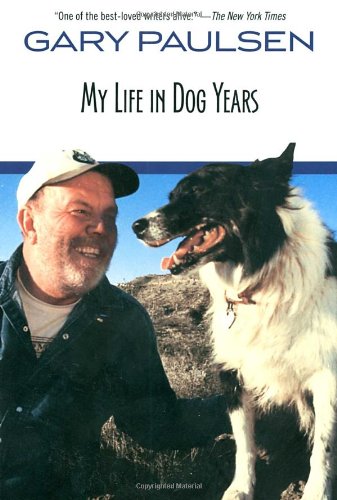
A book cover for My Life in Dog Years; Gary Paulsen; Children's Books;